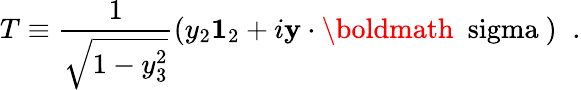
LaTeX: T\equiv\frac{1}{\sqrt{1-y_{3}^{2}}}\left(y_{2}{\mathbf 1}_{2}+i{\mathbf y}\cdot\mathrm{\boldmath~\ sigma~}\right)\; \; .